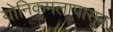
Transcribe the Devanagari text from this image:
योनिकमलापासून